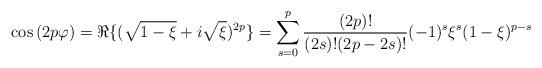
LaTeX: \begin{align*}\displaystyle \cos{(2p\varphi}) = \Re\{(\sqrt{1-\xi}+i \sqrt{\xi})^{2p} \} =\sum_{s=0}^p \frac{(2p)!}{(2s)!(2p-2s)!}(-1)^s\xi^s(1-\xi)^{p-s}\end{align*}